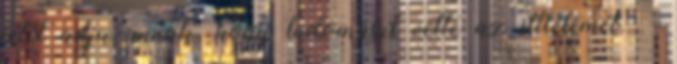
jelét adja annak, hogy tudomásul vette az ittlétemet. –